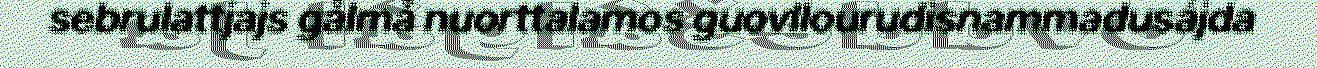
sebrulattjajs gålmå nuorttalamos guovllourudisnammadusájda